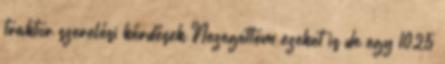
traktor szerelési kérdések Nezegettem ezeket is de egy 1025